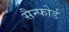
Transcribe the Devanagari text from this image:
सैन्फोर्ड